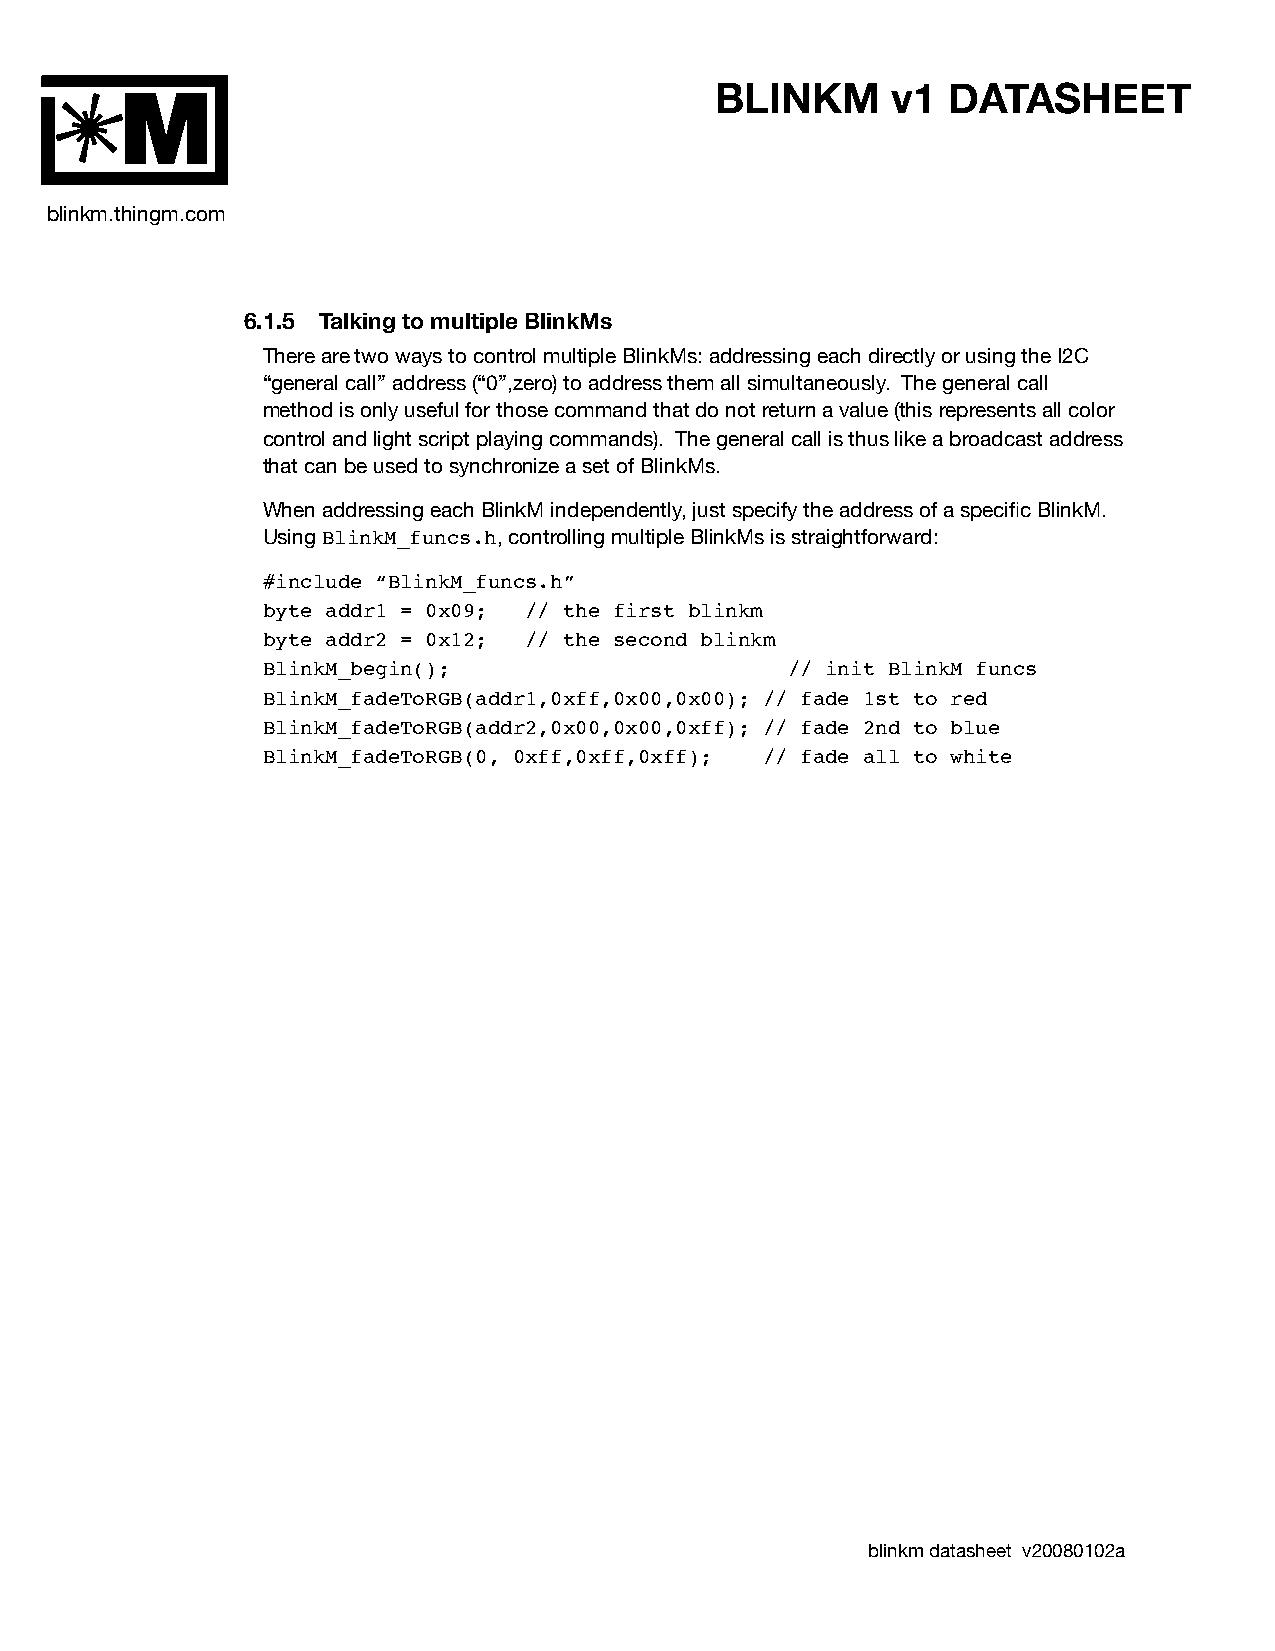
BLINKM      v1  DATASHEET
 M
 blinkm.thingm.com
 6.1.5 Talking to multiple BlinkMs
 There are two ways to control multiple BlinkMs: addressing each directly or using the I2C
 “general call” address (“0”,zero) to address them all simultaneously. The general call
 method is only useful for those command that do not return a value (this represents all color
 control and light script playing commands). The general call is thus like a broadcast address
 that can be used to synchronize a set of BlinkMs.
 When addressing each BlinkM independently, just specify the address of a specific BlinkM.
 Using BlinkM_funcs.h, controlling multiple BlinkMs is straightforward:
 #include “BlinkM_funcs.h”
 byte addr1 = 0x09; // the first blinkm
 byte addr2 = 0x12; // the second blinkm
 BlinkM_begin();                    // init BlinkM funcs
 BlinkM_fadeToRGB(addr1,0xff,0x00,0x00); // fade 1st to red
 BlinkM_fadeToRGB(addr2,0x00,0x00,0xff); // fade 2nd to blue
 BlinkM_fadeToRGB(0, 0xff,0xff,0xff); // fade all to white
 blinkm datasheet v20080102a